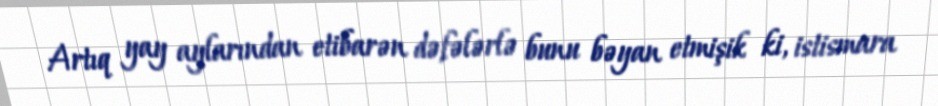
Artıq yay aylarından etibarən dəfələrlə bunu bəyan etmişik ki, istismara